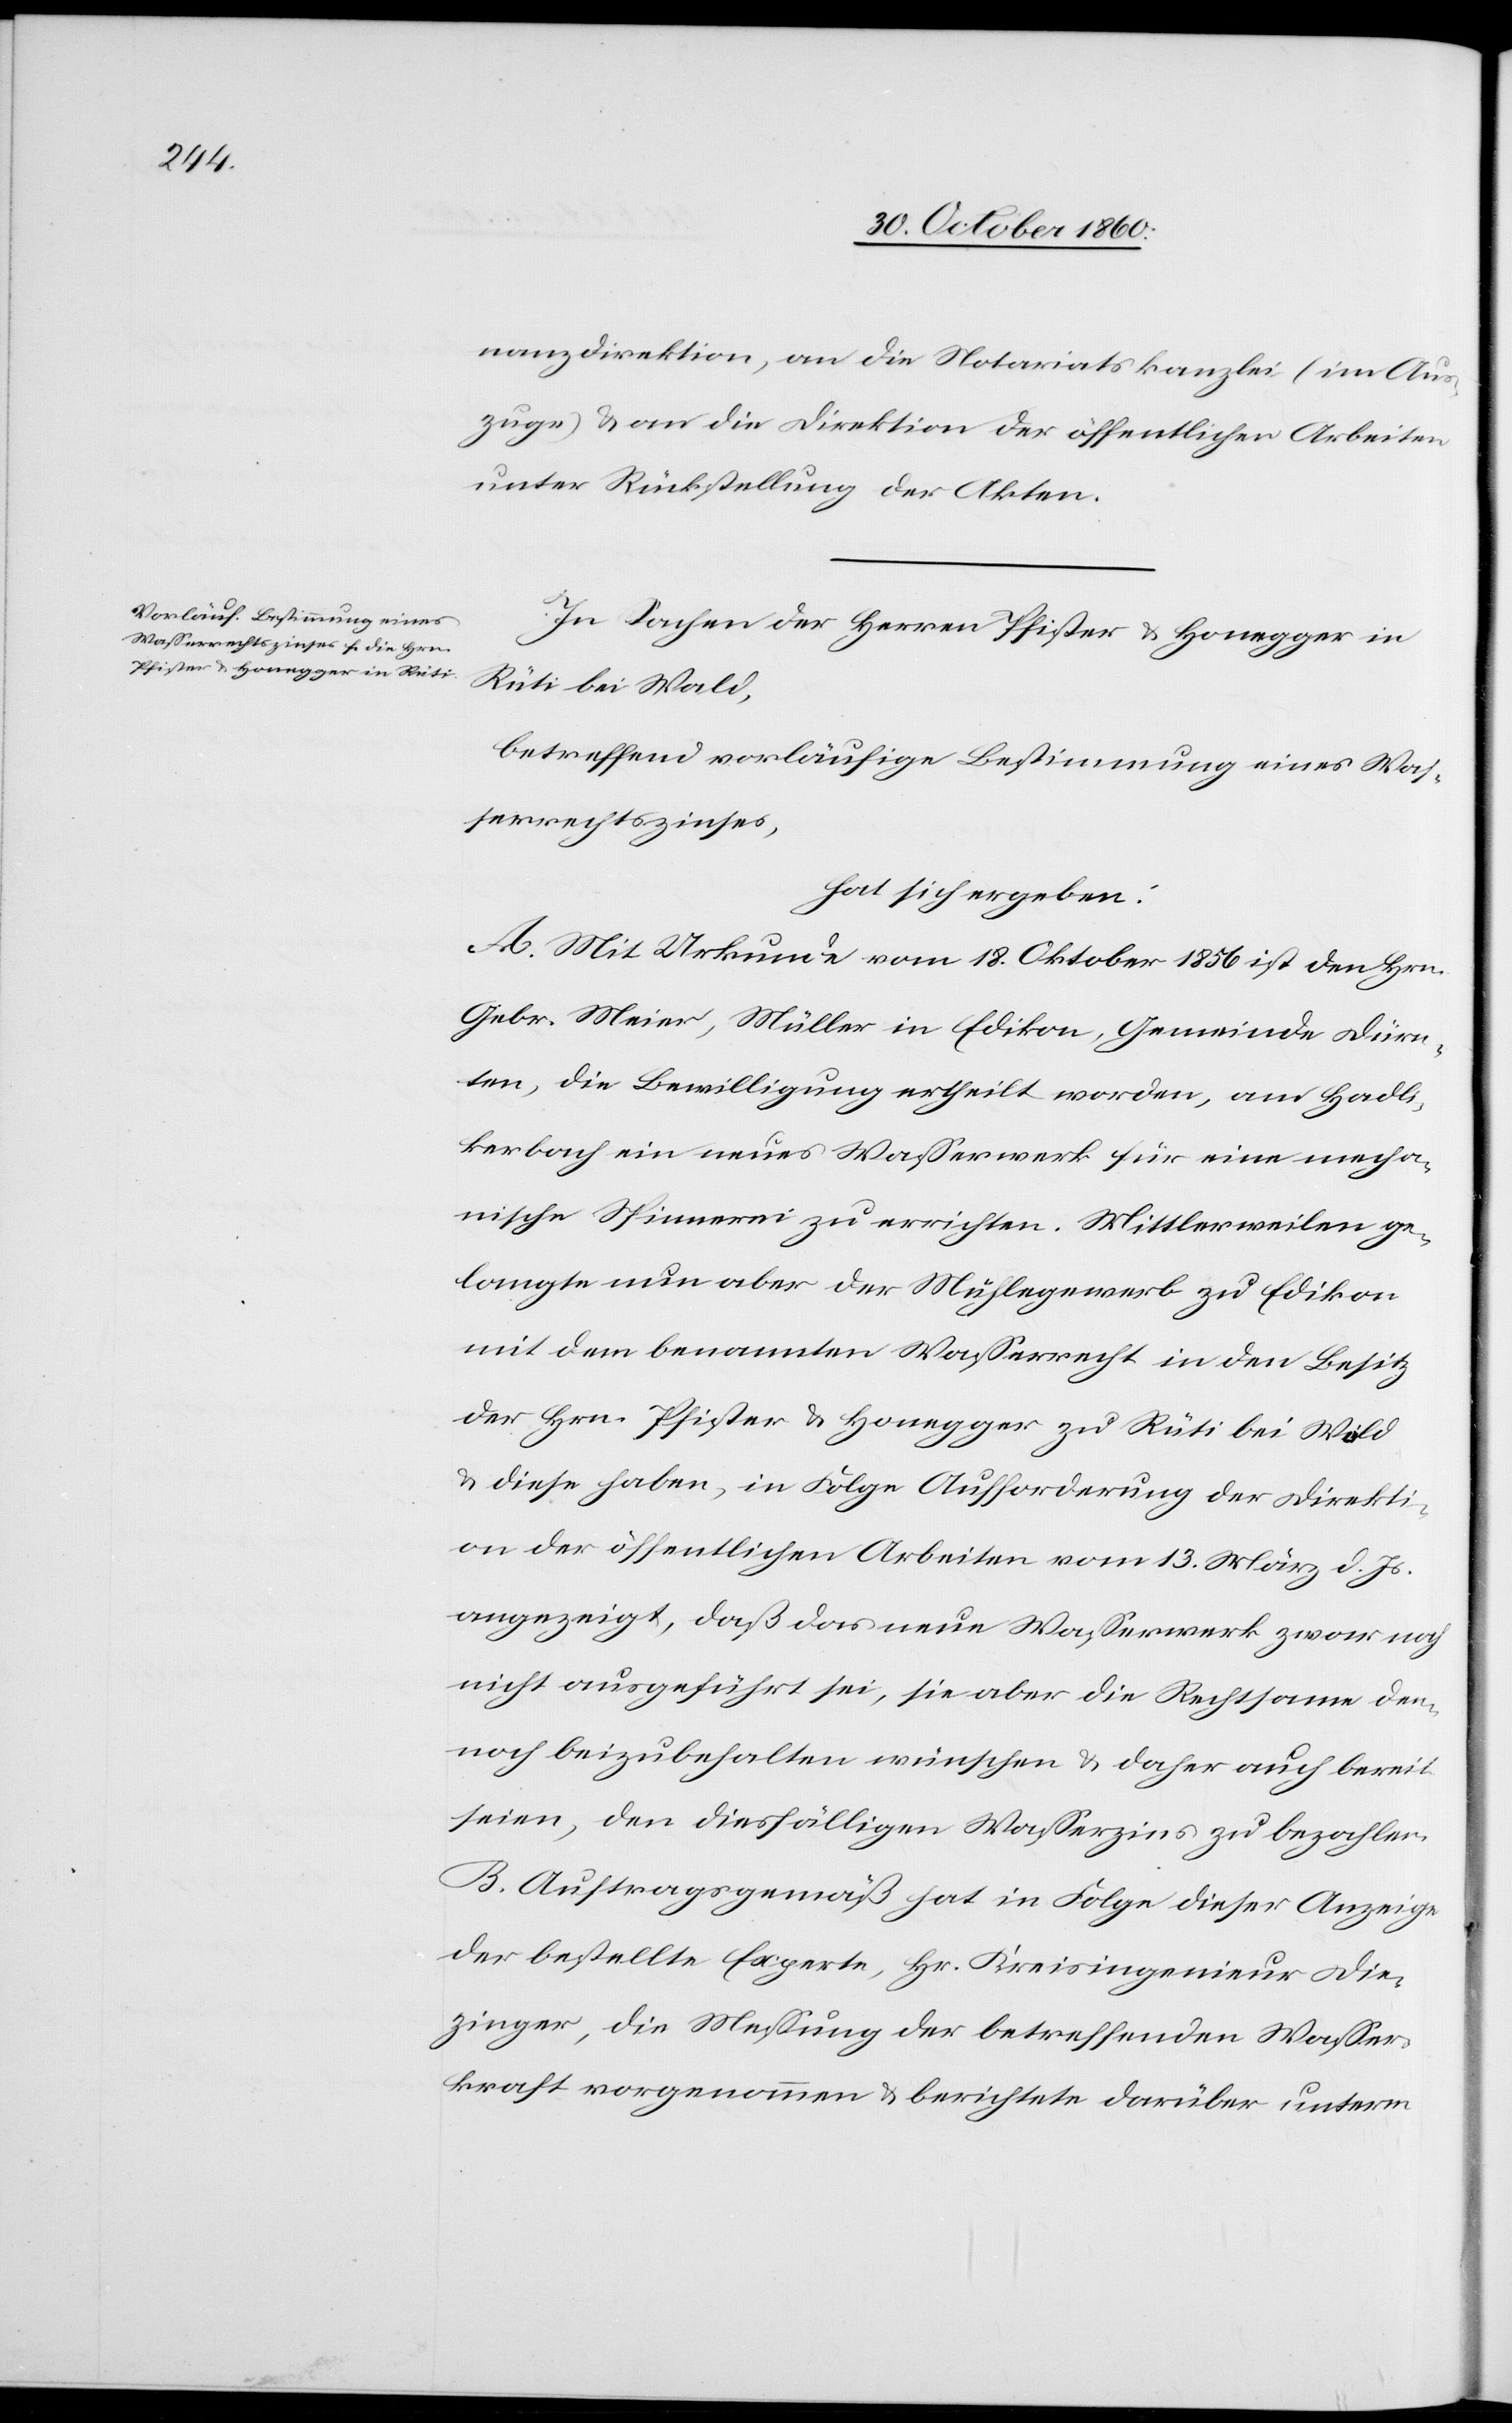
nanzdirektion, an die Notariatskanzlei (im Aus¬
zuge) u. an die Direktion der öffentlichen Arbeiten
unter Rückstellung der Akten.
In Sachen der Herren Pfister u. Honegger in
Rüti bei Wald,
betreffend vorläufige Bestimmung eines Was¬
serrechtszinses,
hat sich ergeben:
A. Mit Urkunde vom 18. Oktober 1856 ist den Hrn.
Gebr. Meier, Müller in Edikon, Gemeinde Dürn¬
ten, die Bewilligung ertheilt worden, am Handli¬
kerbach ein neues Wasserwerk für eine mecha¬
nische Spinnerei zu errichten. Mittlerweise ge¬
langte nun aber der Mühlegewerb zu Edikon
mit dem benannten Wasserrecht in den Besitz
der Hrn. Pfister u. Honegger zu Rüti bei Wald
u. diese haben, in Folge Aufforderung der Direkti¬
on der öffentlichen Arbeiten vom 13. März d. Js.
angezeigt, daß das neue Wasserwerk zwar noch
nicht ausgeführt sei, sie aber die Rechtsame den¬
noch beizubehalten wünschen u. daher auch bereit
seien, den diesfälligen Wasserzins zu bezahlen.
B. Auftragsgemäß hat in Folge dieser Anzeige
der bestellte Experte, Hr. Kreisingenieur Die¬
zinger, die Messung der betreffenden Wasser¬
kraft vorgenommen u. berichtete darüber unterm